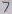
Text: 7